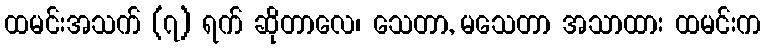
ထမင်းအသက် (၇) ရက် ဆိုတာလေ၊ သေတာ, မသေတာ အသာထား ထမင်းက